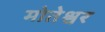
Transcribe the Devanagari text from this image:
मोतेश्वर